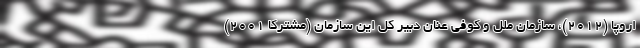
اروپا (۲۰۱۲)، سازمان ملل و کوفی عنان دبیر کل این سازمان (مشترکا ۲۰۰۱)